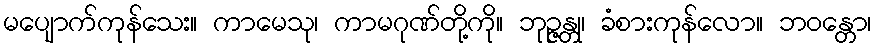
မပျောက်ကုန်သေး။ ကာမေသု၊ ကာမဂုဏ်တို့ကို။ ဘုဉ္ဇန္တု၊ ခံစားကုန်လော။ ဘဝန္တော၊